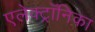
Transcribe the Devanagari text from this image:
एलेक्ट्रॉनिका